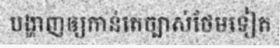
បង្ហាញឲ្យកាន់តេច្បាស់ថែមទៀត